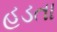
હડતા